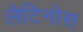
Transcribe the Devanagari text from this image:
लैटिनोस